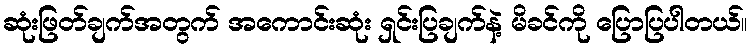
ဆုံးဖြတ်ချက်အတွက် အကောင်းဆုံး ရှင်းပြချက်နဲ့ မိခင်ကို ပြောပြပါတယ်။